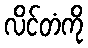
လိင်တံကို